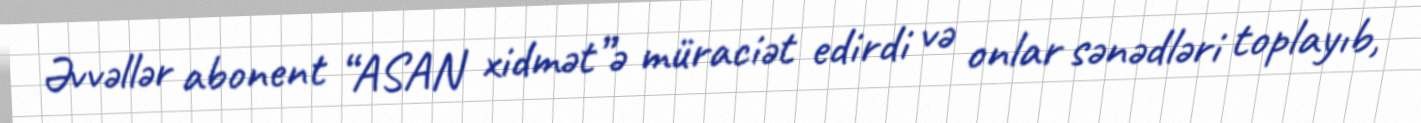
Əvvəllər abonent “ASAN xidmət”ə müraciət edirdi və onlar sənədləri toplayıb,